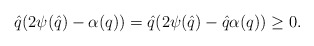
\begin{align*}\hat{q}(2\psi(\hat{q})-\alpha({q}))=\hat{q}(2\psi(\hat{q})-\hat{q}\alpha({q}))\ge 0.\end{align*}